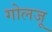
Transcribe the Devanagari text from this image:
गोलजू